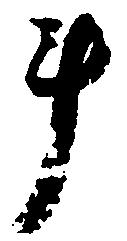
斗